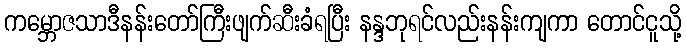
ကမ္ဘောဇသာဒီနန်းတော်ကြီးဖျက်ဆီးခံရပြီး နန္ဒဘုရင်လည်းနန်းကျကာ တောင်ငူသို့